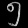
Digit: ၅